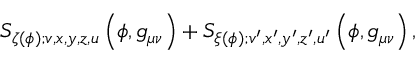
S _ { \zeta ( \phi ) ; v , x , y , z , u } \left( \phi , g _ { \mu \nu } \right) + S _ { \xi ( \phi ) ; v ^ { \prime } , x ^ { \prime } , y ^ { \prime } , z ^ { \prime } , u ^ { \prime } } \left( \phi , g _ { \mu \nu } \right) ,